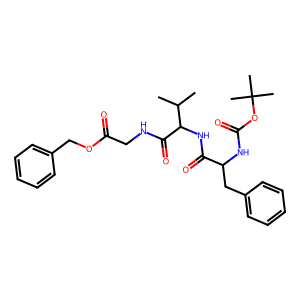
SMILES: CC(C)C(NC(=O)C(Cc1ccccc1)NC(=O)OC(C)(C)C)C(=O)NCC(=O)OCc1ccccc1
Inhibits HIV replication: No